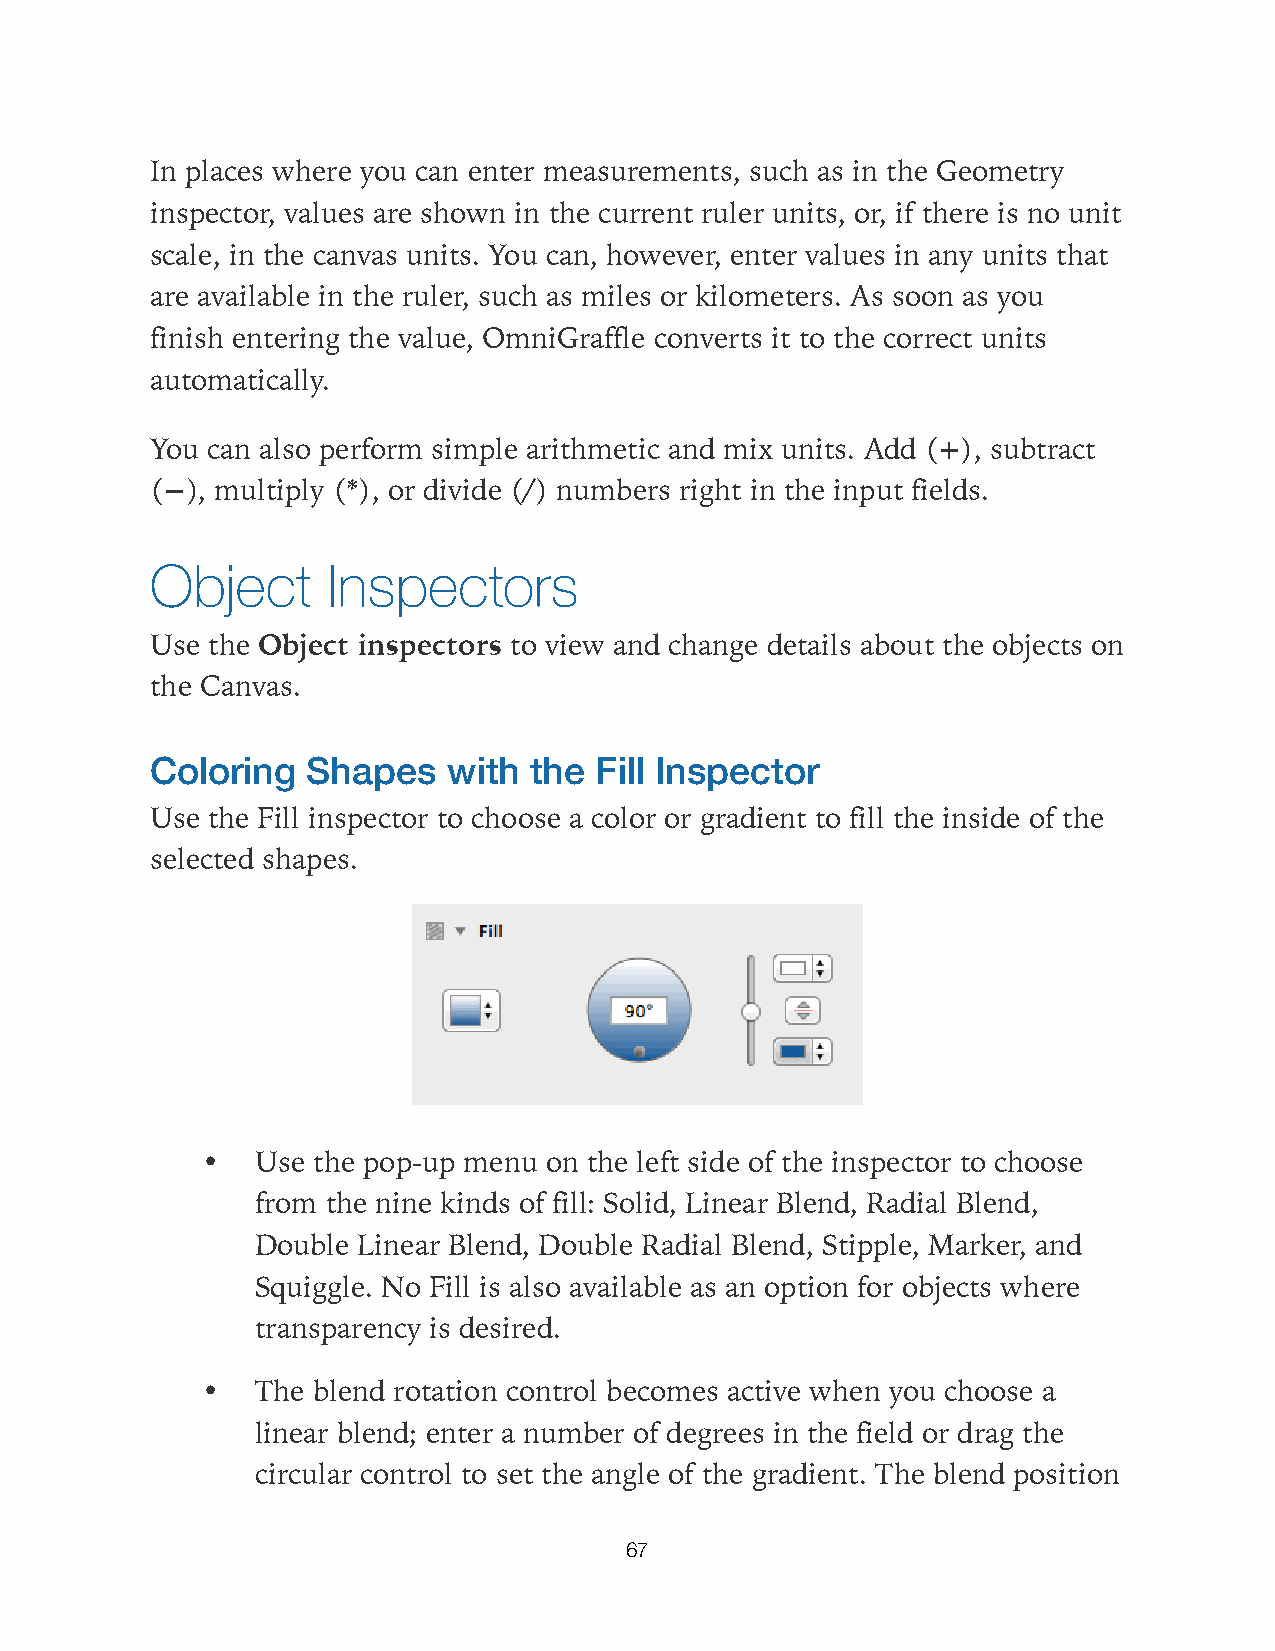
In places where you can enter measurements, such as in the Geometry
 inspector, values are shown in the current ruler units, or, if there is no unit
 scale, in the canvas units. You can, however, enter values in any units that
 are available in the ruler, such as miles or kilometers. As soon as you
 finish entering the value, OmniGraffle converts it to the correct units
 automatically.
 You can also perform simple arithmetic and mix units. Add (+), subtract
 (−), multiply (*), or divide (/) numbers right in the input fields.
 Object      Inspectors
 Use the Object inspectors to view and change details about the objects on
 the Canvas.
 Coloring  Shapes    with the Fill Inspector
 Use the Fill inspector to choose a color or gradient to fill the inside of the
 selected shapes.
 •   Use the pop-up menu on the left side of the inspector to choose
 from the nine kinds of fill: Solid, Linear Blend, Radial Blend,
 Double Linear Blend, Double Radial Blend, Stipple, Marker, and
 Squiggle. No Fill is also available as an option for objects where
 transparency is desired.
 •   The blend rotation control becomes active when you choose a
 linear blend; enter a number of degrees in the field or drag the
 circular control to set the angle of the gradient. The blend position
 67